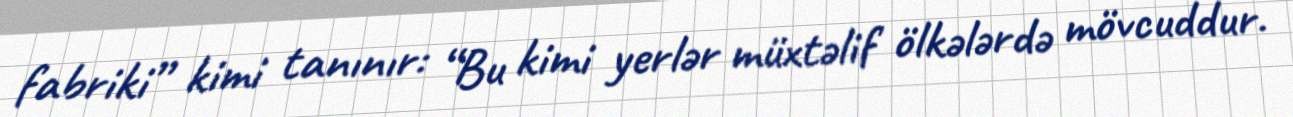
fabriki” kimi tanınır: “Bu kimi yerlər müxtəlif ölkələrdə mövcuddur.